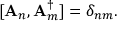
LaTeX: [ { \bf A } _ { n } , { \bf A } _ { m } ^ { \dag } ] = \delta _ { n m } .